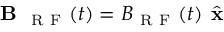
\textbf { B } _ { \mathrm { ~ R ~ F ~ } } ( t ) = B _ { \mathrm { ~ R ~ F ~ } } ( t ) \hat { \textbf { x } }